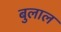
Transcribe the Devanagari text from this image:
बुलाल